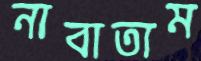
নাবাতাম